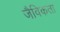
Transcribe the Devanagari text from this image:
जैविकता